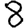
Digit: 8